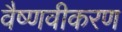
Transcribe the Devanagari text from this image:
वैष्णवीकरण